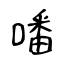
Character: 噃